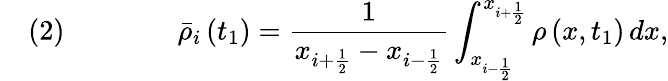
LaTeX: \quad(2)\qquad\qquad{\bar{\rho}}_{i}\left(t_{1}\right)={\frac{1}{x_{i+{\frac{1}{2}}}-x_{i-{\frac{1}{2}}}}}\int_{x_{i-{\frac{1}{2}}}}^{x_{i+{\frac{1}{2}}}}\rho\left(x,t_{1}\right)\, dx,